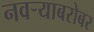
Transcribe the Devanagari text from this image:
नवर्‍याबरोबर